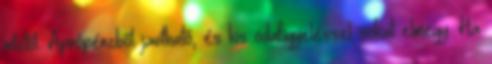
mtztől. Aprópénzből javítható, és kis odafigyeléssel sokat elmegy. Ha